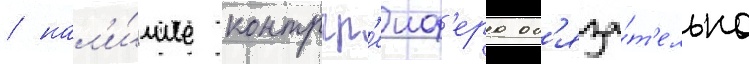
/ нал'и́чие контргр'еиф'ера об'яза́т'ельно